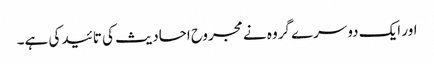
اور ایک دوسرے گروہ نے مجروح احادیث کی تائید کی ہے۔